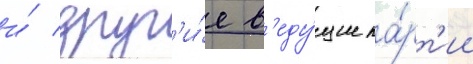
и́ друг'и́е в'еду́щие па́рт'ии